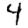
Digit: 4